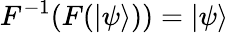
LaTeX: F^{-1}(F(|\psi\rangle))=|\psi\rangle